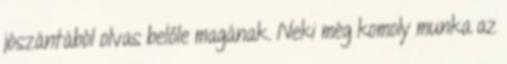
jószántából olvas belőle magának. Neki még komoly munka az